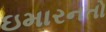
ઇમારનતો